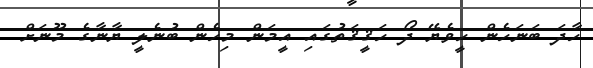
ހާދަ ބަނަހެން ހީވެޔޭ ދޯ ހަޤީޤަތުގައި އީމަން މިހެން ބުނެލީ ޔާނާގެ މޫނަށް